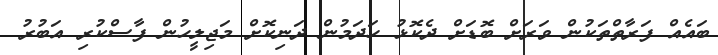
ބައެއް ފަރާތްތަކުން ވަރަށް ބޮޑަށް ދެކޮޅު ހަދަމުން ދަނިކޮށް މަޖިލީހުން ފާސްކުރި އަބުރު